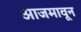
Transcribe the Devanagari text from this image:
आजमावून